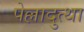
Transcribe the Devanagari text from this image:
पेल्लादुत्था